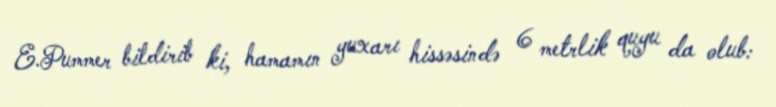
E.Pummer bildirib ki, hamamın yuxarı hissəsində 6 metrlik quyu da olub: